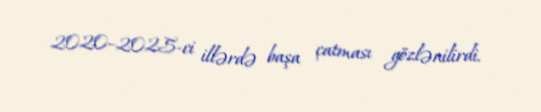
2020–2025-ci illərdə başa çatması gözlənilirdi.